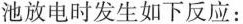
池放电时发生如下反应：